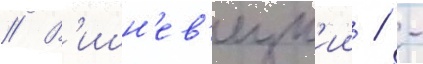
// В'ишн'ев'ецк'ии / -